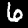
Digit: 6